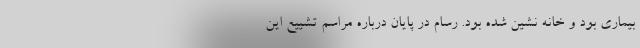
بیماری بود و خانه نشین شده بود. رسام در پایان درباره مراسم تشییع این